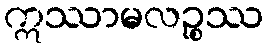
ဣဿာမလဉ္စဿ